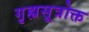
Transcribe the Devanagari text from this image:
गृह्यसूत्रोक्त